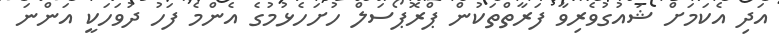
އަދި އެކަމަށް ޝައުގުވެރިވާ ފަރާތްތަކުން ޕްރޮޕޯސަލް ހުށަހެޅުމުގެ އެންމެ ފަހު ދުވަހަކީ އަންނަ